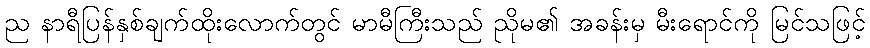
ည နာရီပြန်နှစ်ချက်ထိုးလောက်တွင် မာမီကြီးသည် ညိုမ၏ အခန်းမှ မီးရောင်ကို မြင်သဖြင့်